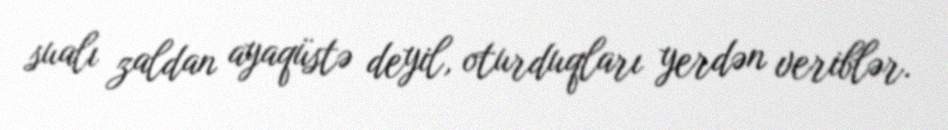
sualı zaldan ayaqüstə deyil, oturduqları yerdən veriblər.